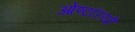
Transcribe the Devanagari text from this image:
ओण्टरियो